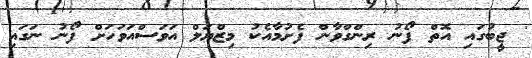
' ޖީބުގައި އޮތް ފޯނު ރިންގްވާން ފެށުމާއެކު މިޒްޔަލް އަވަސްއަވަހަށް ފޯނު ނަގައި